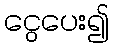
ငွေပေး၍